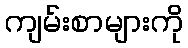
ကျမ်းစာများကို